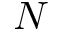
N